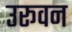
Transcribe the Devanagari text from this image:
उरूवन